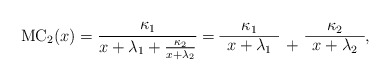
\begin{align*}\mathrm{MC}_2(x)=\frac{\kappa_1}{x+\lambda_1+\frac{\kappa_2}{x+\lambda_2}}=\begin{array}{ccc}\kappa_1& &\kappa_2\\\cline{1-1}\cline{3-3}x+\lambda_1 & +&x+\lambda_2\end{array},\end{align*}